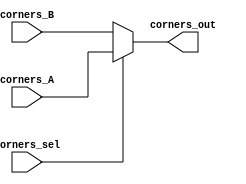
`timescale 1ns / 1ps
//////////////////////////////////////////////////////////////////////////////////
// Company: 
// Engineer: 
// 
// Design Name: 
// Module Name:    corner_reg 
// Project Name: 
// Target Devices: 
// Tool versions: 
// Description: 
//
// Dependencies: 
//
// Revision: 
// Revision 0.01 - File Created
// Additional Comments: 
//
//////////////////////////////////////////////////////////////////////////////////
module corner_reg(
    input [79:0] corners_A,
    input [79:0] corners_B,
    input corners_sel,
    output [79:0] corners_out
    );

	assign corners_out = corners_sel ? corners_A : corners_B;

endmodule